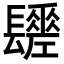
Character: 𨲻